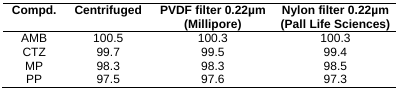
<table><thead><tr><td><b>Compd.</b></td><td><b>Centrifuged</b></td><td><b>PVDF filter 0.22μm (Millipore)</b></td><td><b>Nylon filter 0.22μm (Pall Life Sciences)</b></td></tr></thead><tbody><tr><td>AMB</td><td>100.5</td><td>100.3</td><td>100.3</td></tr><tr><td>CTZ</td><td>99.7</td><td>99.5</td><td>99.4</td></tr><tr><td>MP</td><td>98.3</td><td>98.3</td><td>98.5</td></tr><tr><td>PP</td><td>97.5</td><td>97.6</td><td>97.3</td></tr></tbody></table>